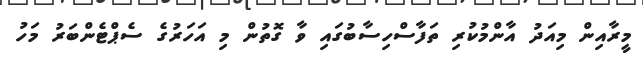
މީރާއިން މިއަދު އާންމުކުރި ތަފާސްހިސާބުގައި ވާ ގޮތުން މި އަހަރުގެ ސެޕްޓެންބަރު މަހު